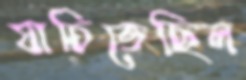
যাচিতেছিল